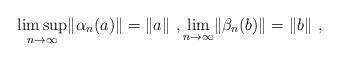
LaTeX: \begin{gather*}\limsup_{n \to \infty} \lVert \alpha_n(a) \rVert = \lVert a\rVert\ , \lim_{n \to \infty} \lVert \beta_n(b) \rVert = \lVert b\rVert \ , \end{gather*}